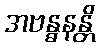
အဗန္ဓနန္တိ